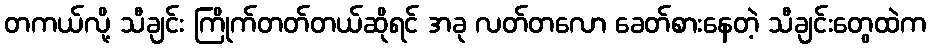
တကယ်လို့ သီချင်း ကြိုက်တတ်တယ်ဆိုရင် အခု လတ်တလော ခေတ်စားနေတဲ့ သီချင်းတွေထဲက